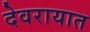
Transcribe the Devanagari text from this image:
देवरायात